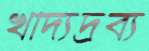
খাদ্যদ্রব্য